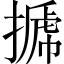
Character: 𢲽